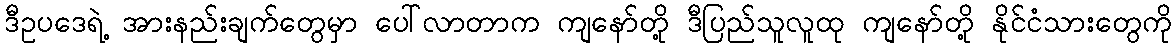
ဒီဥပဒေရဲ့ အားနည်းချက်တွေမှာ ပေါ်လာတာက ကျနော်တို့ ဒီပြည်သူလူထု ကျနော်တို့ နိုင်ငံသားတွေကို